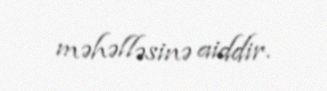
məhəlləsinə aiddir.